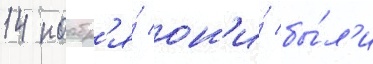
14 ноабр'я́ он'и́ бы́л'и